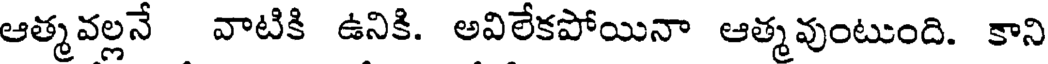
ఆత్మవల్లనే వాటికి ఉనికి. అవిలేకపోయినా ఆత్మవుంటుంది. కాని